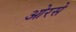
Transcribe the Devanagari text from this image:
ओरसे